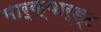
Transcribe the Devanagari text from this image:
मार्क्वार्ड्ट